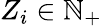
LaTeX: Z_{i}\in\mathbb{N}_{+}